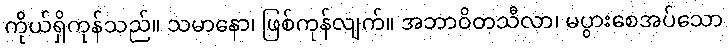
ကိုယ်ရှိကုန်သည်။ သမာနော၊ ဖြစ်ကုန်လျက်။ အဘာဝိတသီလာ၊ မပွားစေအပ်သော